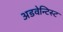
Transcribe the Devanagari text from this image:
अडवेन्टिस्ट